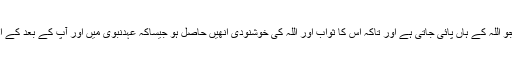
اس رغبت کے سبب جو اللہ کے ہاں پائی جاتی ہے اور تاکہ اس کا ثواب اور اللہ کی خوشنودی انھیں حاصل ہو جیساکہ عہدنبویؐ میں اور آپؐ کے بعد کے اَدوار میں ہوتا رہا ہے۔